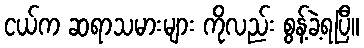
ငယ်က ဆရာသမားများ ကိုလည်း စွန့်ခဲ့ရပြီ။